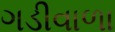
ગડીવાળા